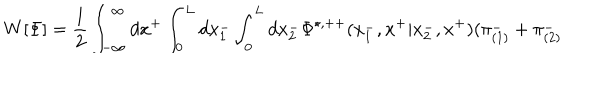
W [ { \Phi } ] = \frac { 1 } { 2 } \int _ { - \infty } ^ { \infty } d x ^ { + } \int _ { 0 } ^ { L } d x _ { 1 } ^ { - } \int _ { 0 } ^ { L } d x _ { 2 } ^ { - } { \Phi } ^ { \star , + + } ( x _ { 1 } ^ { - } , x ^ { + } | x _ { 2 } ^ { - } , x ^ { + } ) ( { \pi } _ { ( 1 ) } ^ { - } + { \pi } _ { ( 2 ) } ^ { - }